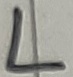
Text: L